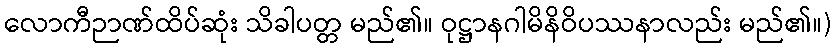
လောကီဉာဏ်ထိပ်ဆုံး သိခါပတ္တ မည်၏။ ဝုဋ္ဌာနဂါမိနိဝိပဿနာလည်း မည်၏။)